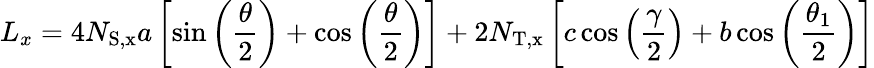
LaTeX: L_{x}=4N_{\mathrm{{S,x}}}a\left[\sin\left(\frac{\theta}{2}\right)+\cos\left(\frac{\theta}{2}\right)\right]+2N_{\mathrm{{T,x}}}\left[c\cos\left(\frac{\gamma}{2}\right)+b\cos\left(\frac{\theta_{1}}{2}\right)\right]